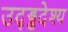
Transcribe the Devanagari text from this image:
उद्ड्ढदेश्य